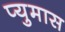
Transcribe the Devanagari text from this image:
प्युमास